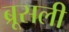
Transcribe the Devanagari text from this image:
ब्रूसली